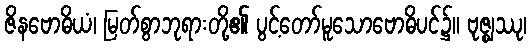
ဇိနဗောဓိယံ၊ မြတ်စွာဘုရားတို့၏ ပွင့်တော်မူသောဗောဓိပင်၌။ ဗုဇ္ဈဿု၊